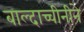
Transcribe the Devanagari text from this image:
बाल्दाच्चीनीने